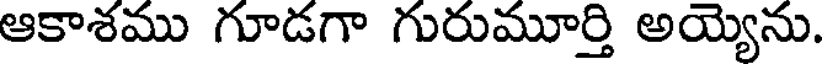
ఆకాశము గూడగా గురుమూర్తి అయ్యెను.